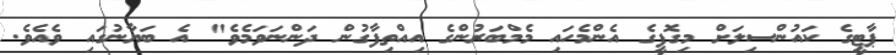
ޕާޓީގެ ކައުންސިލަށް މިގޮފީގެ އެންމެހައި މެމްބަރުންގެ އިއްތިފާގުން ދަންނަވަމެވެ" އެ ބަޔާނުގައި ވެއެވެ.